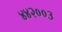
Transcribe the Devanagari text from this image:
४४२००३